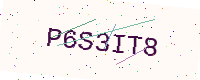
Text: P6S3IT8